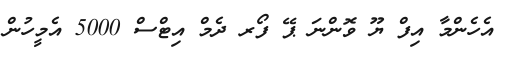
އެހެންމާ އިފް ޔޫ ވޮންނަ ޕޭ ފޯރ ދެމް އިޓްސް 5000 އެމީހުން